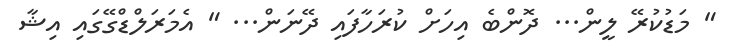
" މަޑުކުރޭ ލީން... ދޮންބެ އިހަށް ކުރަހާފައި ދޭނަން... " އެމަރަލްޑްގޭގައި އިޝާ